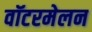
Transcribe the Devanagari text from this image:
वॉटरमेलन